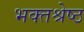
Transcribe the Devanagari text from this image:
भक्तश्रेष्ठ